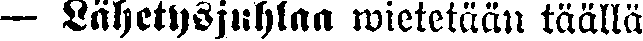
— Lähetysjuhlaa wietetään täällä